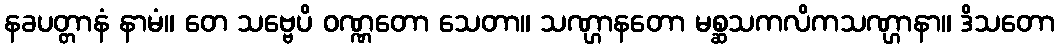
နခပတ္တာနံ နာမံ။ တေ သဗ္ဗေပိ ဝဏ္ဏတော သေတာ။ သဏ္ဌာနတော မစ္ဆသကလိကသဏ္ဌာနာ။ ဒိသတော